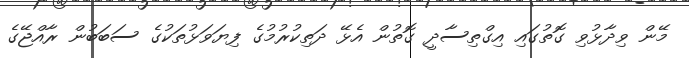
މޭން ވިދާޅުވި ގޮތުގައި އިގްތިސާދީ ގޮތުން އެޅޭ ދަތިކުރުމުގެ ފިޔަވަޅުތަކުގެ ސަބަބުން ރާއްޖޭގެ